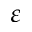
\varepsilon